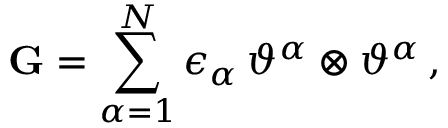
\mathbf { G } = \sum _ { \alpha = 1 } ^ { N } \epsilon _ { \alpha } \, \vartheta ^ { \alpha } \otimes \vartheta ^ { \alpha } \, ,